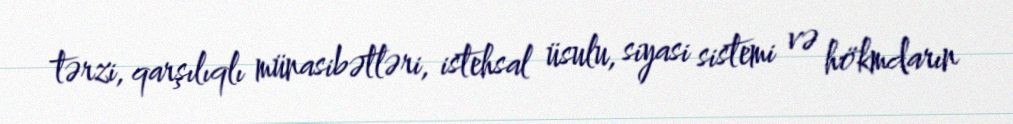
tərzi, qarşılıqlı münasibətləri, istehsal üsulu, siyasi sistemi və hökmdarın